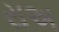
રાઅ